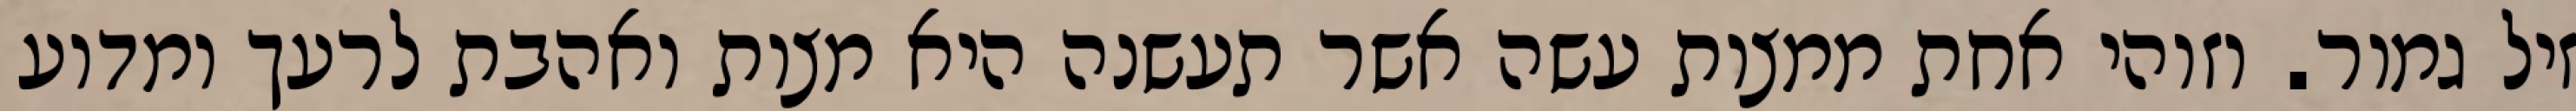
זיל גמור. וזוהי אחת ממצות עשה אשר תעשנה היא מצות ואהבת לרעך ומדוע